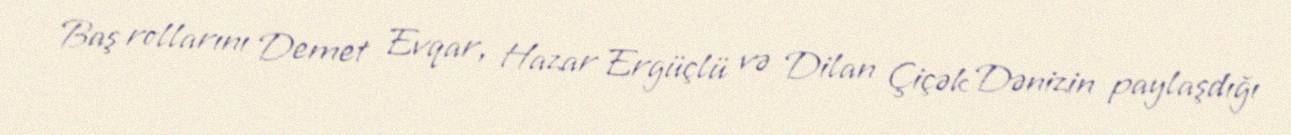
Baş rollarını Demet Evqar, Hazar Ergüçlü və Dilan Çiçək Dənizin paylaşdığı